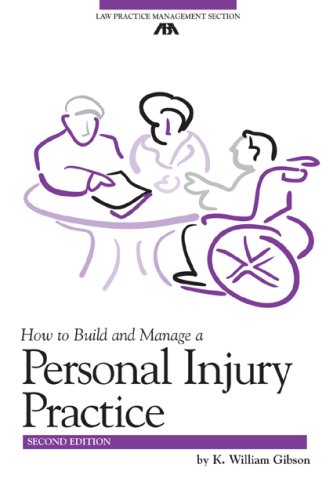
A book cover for How to Build and Manage a Personal Injury Practice (ABA Law Practice Management Section's Practice-Building Seri); William K. Gibson; Law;